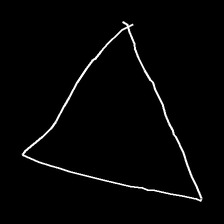
Glyph: convergence